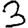
Digit: 3